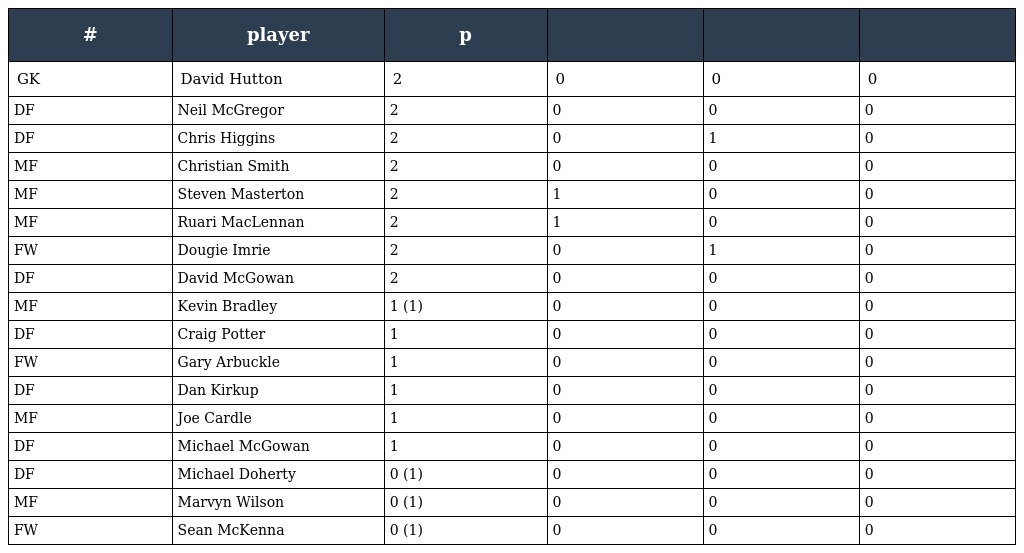
| # | player | p |  |  |  |
 | --- | --- | --- | --- | --- | --- |
 | GK | David Hutton | 2 | 0 | 0 | 0 |
 | DF | Neil McGregor | 2 | 0 | 0 | 0 |
 | DF | Chris Higgins | 2 | 0 | 1 | 0 |
 | MF | Christian Smith | 2 | 0 | 0 | 0 |
 | MF | Steven Masterton | 2 | 1 | 0 | 0 |
 | MF | Ruari MacLennan | 2 | 1 | 0 | 0 |
 | FW | Dougie Imrie | 2 | 0 | 1 | 0 |
 | DF | David McGowan | 2 | 0 | 0 | 0 |
 | MF | Kevin Bradley | 1 (1) | 0 | 0 | 0 |
 | DF | Craig Potter | 1 | 0 | 0 | 0 |
 | FW | Gary Arbuckle | 1 | 0 | 0 | 0 |
 | DF | Dan Kirkup | 1 | 0 | 0 | 0 |
 | MF | Joe Cardle | 1 | 0 | 0 | 0 |
 | DF | Michael McGowan | 1 | 0 | 0 | 0 |
 | DF | Michael Doherty | 0 (1) | 0 | 0 | 0 |
 | MF | Marvyn Wilson | 0 (1) | 0 | 0 | 0 |
 | FW | Sean McKenna | 0 (1) | 0 | 0 | 0 |